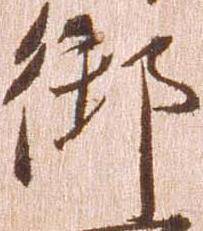
御